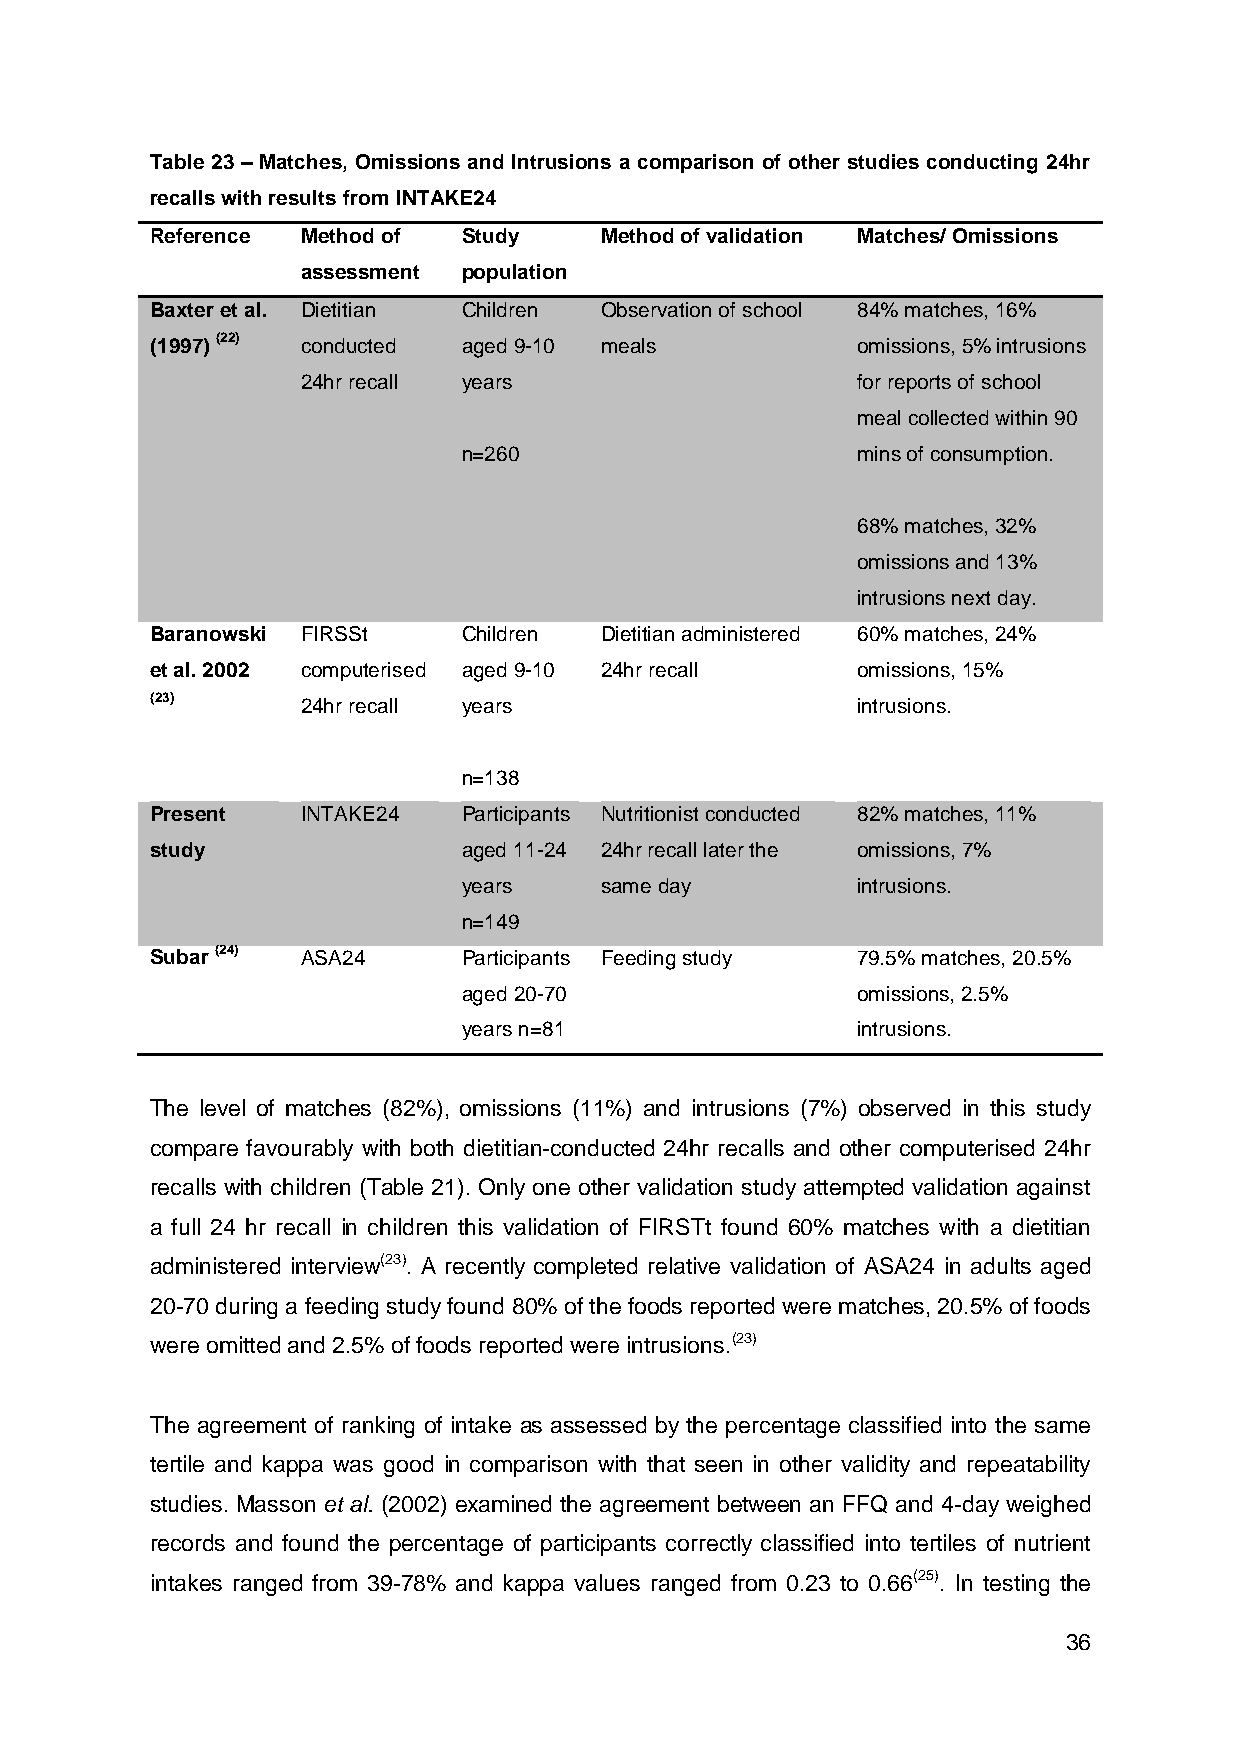
Table 23 – Matches, Omissions and Intrusions a comparison of other studies conducting 24hr
 recalls with results from INTAKE24
 Reference Method of  Study    Method of validation Matches/ Omissions
 assessment population
 Baxter et al. Dietitian Children Observation of school 84% matches, 16%
 (1997) (22) conducted aged 9-10 meals          omissions, 5% intrusions
 24hr recall years                    for reports of school
 meal collected within 90
 n=260                     mins of consumption.
 68% matches, 32%
 omissions and 13%
 intrusions next day.
 Baranowski FIRSSt    Children Dietitian administered 60% matches, 24%
 et al. 2002 computerised aged 9-10 24hr recall omissions, 15%
 (23)      24hr recall years                    intrusions.
 n=138
 Present   INTAKE24   Participants Nutritionist conducted 82% matches, 11%
 study                aged 11-24 24hr recall later the omissions, 7%
 years    same day         intrusions.
 n=149
 Subar (24) ASA24     Participants Feeding study 79.5% matches, 20.5%
 aged 20-70                omissions, 2.5%
 years n=81                intrusions.
 The level of matches (82%), omissions (11%) and intrusions (7%) observed in this study
 compare favourably with both dietitian-conducted 24hr recalls and other computerised 24hr
 recalls with children (Table 21). Only one other validation study attempted validation against
 a full 24 hr recall in children this validation of FIRSTt found 60% matches with a dietitian
 administered interview(23). A recently completed relative validation of ASA24 in adults aged
 20-70 during a feeding study found 80% of the foods reported were matches, 20.5% of foods
 were omitted and 2.5% of foods reported were intrusions.(23)
 The agreement of ranking of intake as assessed by the percentage classified into the same
 tertile and kappa was good in comparison with that seen in other validity and repeatability
 studies. Masson et al. (2002) examined the agreement between an FFQ and 4-day weighed
 records and found the percentage of participants correctly classified into tertiles of nutrient
 intakes ranged from 39-78% and kappa values ranged from 0.23 to 0.66(25). In testing the
 36